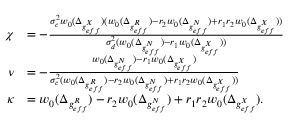
\begin{array} { r l } { \chi } & { = - \frac { \sigma _ { c } ^ { 2 } w _ { 0 } ( \Delta _ { g _ { e f f } ^ { X } } ) ( w _ { 0 } ( \Delta _ { g _ { e f f } ^ { R } } ) - r _ { 2 } w _ { 0 } ( \Delta _ { g _ { e f f } ^ { N } } ) + r _ { 1 } r _ { 2 } w _ { 0 } ( \Delta _ { g _ { e f f } ^ { X } } ) ) } { \sigma _ { d } ^ { 2 } ( w _ { 0 } ( \Delta _ { g _ { e f f } ^ { N } } ) - r _ { 1 } w _ { 0 } ( \Delta _ { g _ { e f f } ^ { X } } ) ) } } \\ { \nu } & { = - \frac { w _ { 0 } ( \Delta _ { g _ { e f f } ^ { N } } ) - r _ { 1 } w _ { 0 } ( \Delta _ { g _ { e f f } ^ { X } } ) } { \sigma _ { c } ^ { 2 } ( w _ { 0 } ( \Delta _ { g _ { e f f } ^ { R } } ) - r _ { 2 } w _ { 0 } ( \Delta _ { g _ { e f f } ^ { N } } ) + r _ { 1 } r _ { 2 } w _ { 0 } ( \Delta _ { g _ { e f f } ^ { X } } ) ) } } \\ { \kappa } & { = w _ { 0 } ( \Delta _ { g _ { e f f } ^ { R } } ) - r _ { 2 } w _ { 0 } ( \Delta _ { g _ { e f f } ^ { N } } ) + r _ { 1 } r _ { 2 } w _ { 0 } ( \Delta _ { g _ { e f f } ^ { X } } ) . } \end{array}